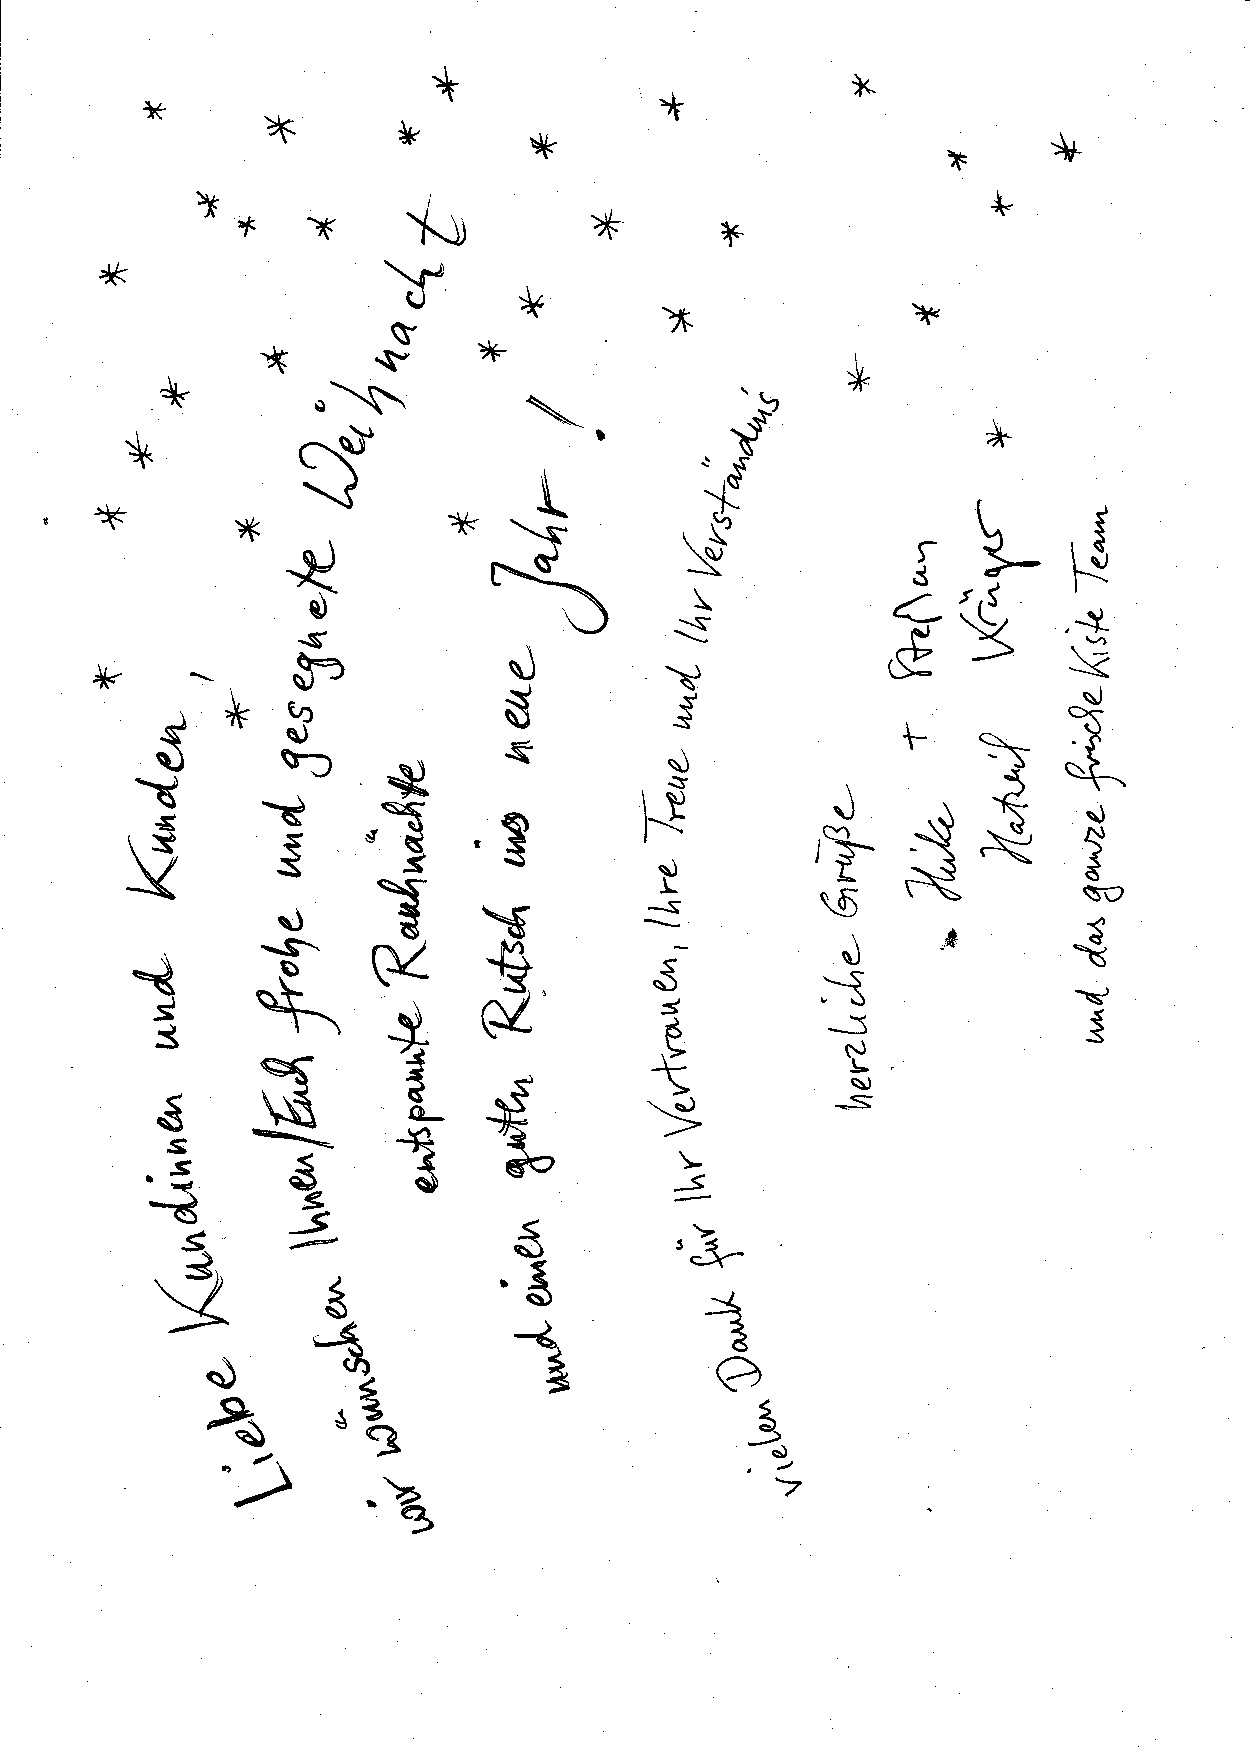
x
 *                                 *
 x+
 **
 x      *J                                     *
 >F
 d&Y*                                     ts
 )r
 x$)F-
 +b-       o\                          'g     *.
 *oS-'                      \            f
 \3
 äs-
 t\
 x             äk+               rG
 \                         t
 (     ,t
 ,q                \^
 \\              (-J
 .\J\           :)-
 ä           i-!
 \                 {d,    ,-t
 i5
 ä(r    \,    $-s' P                                              a.?
 Ü                        ..€
 dks                              \                           il
 s           s
 s                         -s
 t\\_       .T
 rf,
 \.\ 'J '  Vr     e.i               \)                     s
 *'
 is := so. i    "B     .3          l l\ -)\J | +     {S        "+ \)--
 l-r
 \s                                  t.i       GN
 3
 \)äN                                                  SO
 x       sG4s                      {
 r*
 U              {
 ä                                \{ )        --t
 N
 s.az              3         !\)
 3                           s
 J
 {      q{                         ,9         - u
 N-       s€               -LI -        \)
 \s.)        _.s
 .:.
 s=       s
 w
 l.
 t-ss                               :
 q-\)
 s3
 . ):S Z'    6 ) "      .-Eö         ci-
 :{
 a)ä1                              1
 a6
 ä.a
 3
 .- /)'s)